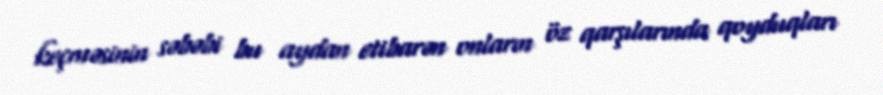
keçməsinin səbəbi bu aydan etibarən onların öz qarşılarında qoyduqları